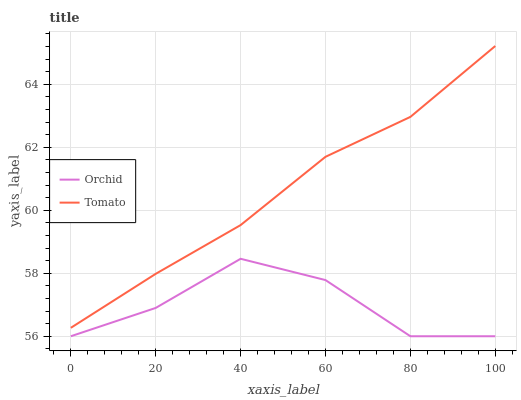
| xaxis_label | Orchid | Tomato |
 | --- | --- | --- |
 | 0 | 56 | 56.3 |
 | 20 | 56.9 | 58 |
 | 40 | 58.5 | 59.5 |
 | 60 | 57.8 | 61.7 |
 | 80 | 56 | 63 |
 | 100 | 56 | 65.2 |